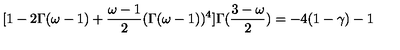
[ 1 - 2 \Gamma ( \omega - 1 ) + \frac { \omega - 1 } { 2 } ( \Gamma ( \omega - 1 ) ) ^ { 4 } ] \Gamma ( \frac { 3 - \omega } { 2 } ) = - 4 ( 1 - \gamma ) - 1